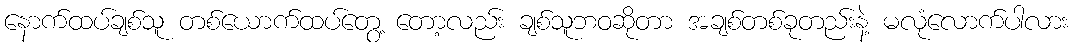
နောက်ထပ်ချစ်သူ တစ်ယောက်ထပ်တွေ့ တော့လည်း ချစ်သူဘဝဆိုတာ အချစ်တစ်ခုတည်းနဲ့ မလုံလောက်ပါလား